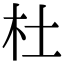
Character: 杜